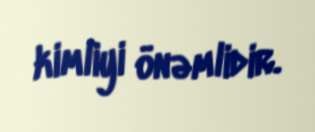
kimliyi önəmlidir.